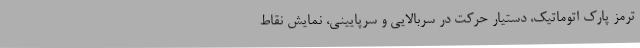
ترمز پارک اتوماتیک، دستیار حرکت در سربالایی و سرپایینی، نمایش نقاط